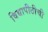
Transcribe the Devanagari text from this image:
विद्यापीठीची